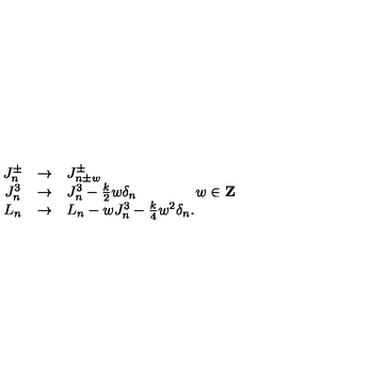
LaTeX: \begin{array} { c c l } { J _ { n } ^ { \pm } } & { \rightarrow } & { J _ { n \pm w } ^ { \pm } } \\ { J _ { n } ^ { 3 } } & { \rightarrow } & { J _ { n } ^ { 3 } - { \frac { k } { 2 } } w \delta _ { n } \qquad \qquad w \in { \bf Z } } \\ { L _ { n } } & { \rightarrow } & { L _ { n } - w J _ { n } ^ { 3 } - { \frac { k } { 4 } } w ^ { 2 } \delta _ { n } . } \\ \end{array}